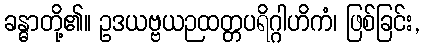
ခန္ဓာတို့၏။ ဥဒယဗ္ဗယဉထတ္တပရိဂ္ဂါဟိကံ၊ ဖြစ်ခြင်း,